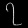
Digit: ၇